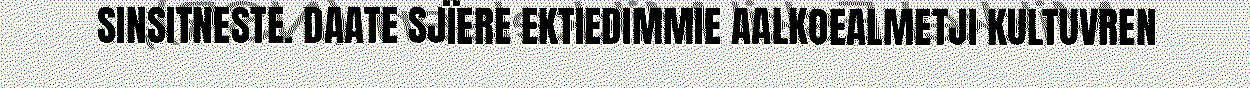
SINSITNESTE. DAATE SJÏERE EKTIEDIMMIE AALKOEALMETJI KULTUVREN